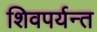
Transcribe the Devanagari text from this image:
शिवपर्यन्त